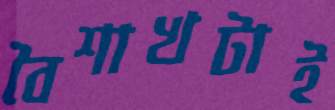
বৈশাখটাই